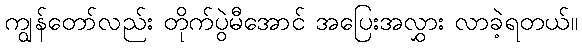
ကျွန်တော်လည်း တိုက်ပွဲမီအောင် အပြေးအလွှား လာခဲ့ရတယ်။